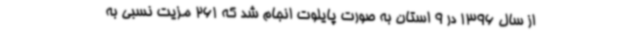
از سال 1396 در 9 استان به صورت پایلوت انجام شد که 261 مزیت نسبی به